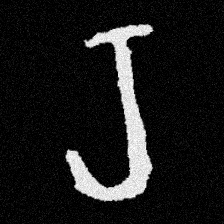
Pyu character \u2014 Myanmar letter: ရ (romanized: ra)